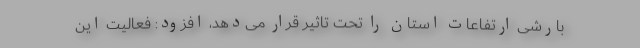
بارشی ارتفاعات استان را تحت تاثیر قرار می‌دهد، افزود: فعالیت این